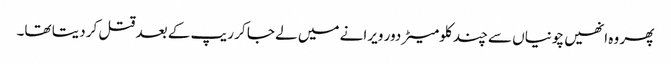
پھر وہ انھیں چونیاں سے چند کلومیٹر دور ویرانے میں لے جا کر ریپ کے بعد قتل کر دیتا تھا۔